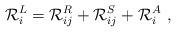
LaTeX: \begin{align*} \mathcal{R}_i^L=\mathcal{R}_{ij}^R+\mathcal{R}_{ij}^S+\mathcal{R}_{i}^A\ ,\end{align*}